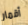
أقمار